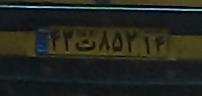
۴۳ت۸۵۲۱۴